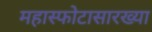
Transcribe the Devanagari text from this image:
महास्फोटासारख्या